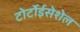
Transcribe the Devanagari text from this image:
टोर्टोईसेशेल